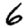
Digit: 6